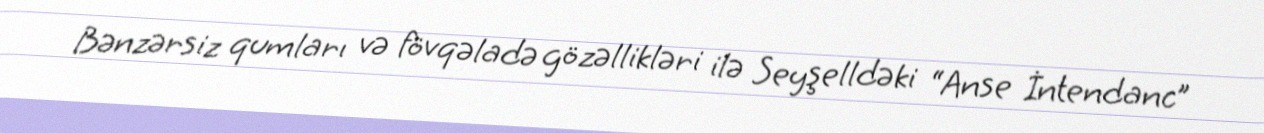
Bənzərsiz qumları və fövqəladə gözəllikləri ilə Seyşelldəki “Anse İntendanc”